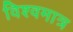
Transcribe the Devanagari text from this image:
विश्वमात्र